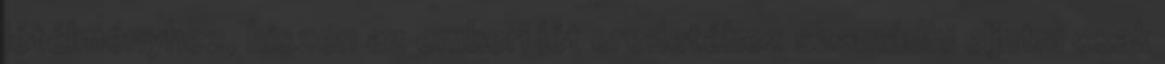
létélményhez, hiszen az emberi lét eredetéhez szamádhi eljutni csak